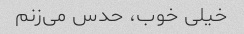
خیلی خوب، حدس می‌زنم